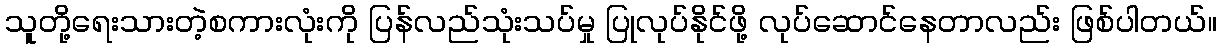
သူတို့ရေးသားတဲ့စကားလုံးကို ပြန်လည်သုံးသပ်မှု ပြုလုပ်နိုင်ဖို့ လုပ်ဆောင်နေတာလည်း ဖြစ်ပါတယ်။